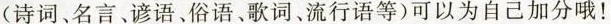
(诗词、名言、谚语、俗语、歌词、流行语等)可以为自己加分哦！